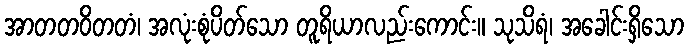
အာတတဝိတတံ၊ အလုံးစုံပိတ်သော တူရိယာလည်းကောင်း။ သုသိရံ၊ အခေါင်းရှိသော